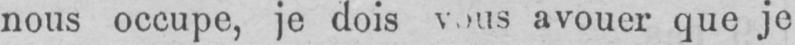
avouer que je